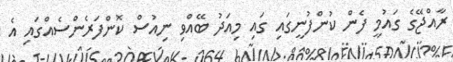
ރާއްޖޭގެ ގައުމީ ފެން ކުންފުނީގައި ގައި މިއަދު ބޭއްވި ނިއުސް ކޮންފަރެންސެއްގައި އެ